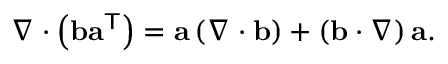
\nabla \cdot \left( \mathbf { b } \mathbf { a } ^ { \mathsf { T } } \right) = \mathbf { a } \left( \nabla \cdot \mathbf { b } \right) + \left( \mathbf { b } \cdot \nabla \right) \mathbf { a } .